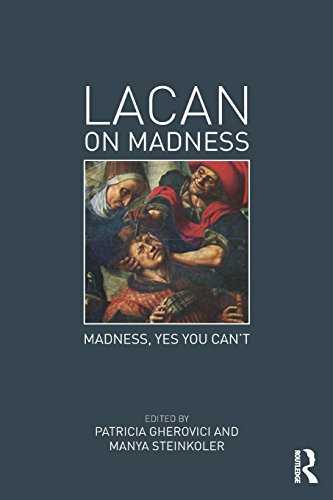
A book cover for Lacan on Madness: Madness, yes you can't; Health, Fitness & Dieting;